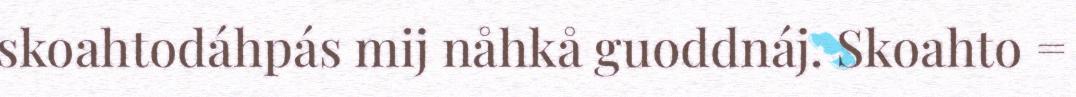
skoahtodáhpás mij nåhkå guoddnáj. Skoahto =